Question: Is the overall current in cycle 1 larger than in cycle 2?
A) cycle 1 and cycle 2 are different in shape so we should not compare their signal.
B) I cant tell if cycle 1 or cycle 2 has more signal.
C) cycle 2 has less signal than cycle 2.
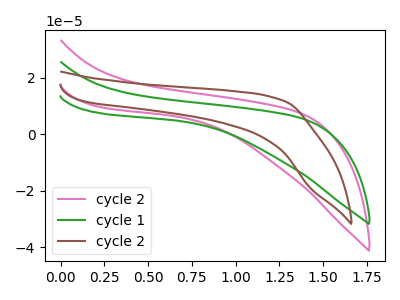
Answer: <think>The pink curve "cycle 2" has no peaks. The green curve "cycle 1" has no peaks. The brown curve "cycle 2" has no peaks.
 Neither "cycle 1" or "cycle 2" have any peaks.</think>
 <answer>B) I cant tell if "cycle 1" or "cycle 2" has more signal.</answer>
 <eval>B</eval>